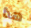
هذا